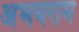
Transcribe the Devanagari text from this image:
अभयराम